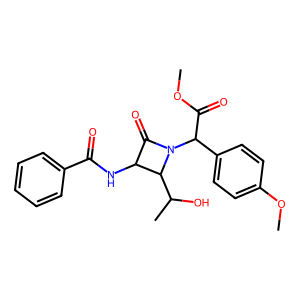
SMILES: COC(=O)C(c1ccc(OC)cc1)N1C(=O)C(NC(=O)c2ccccc2)C1C(C)O
Inhibits HIV replication: No